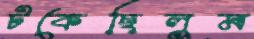
টকেছিলুম